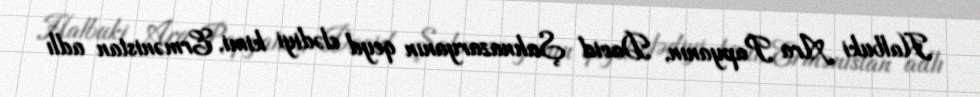
Halbuki Ara Papyanın, David Şahnazaryanın qeyd elədiyi kimi, Ermənistan adlı